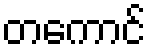
တကောင်